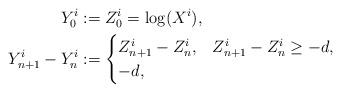
\begin{align*} Y^i_0& := Z^i_0 = \log(X^i), \\ Y^i_{n+1}-Y^i_n & :=\begin{cases} Z^i_{n+1} -Z^i_n,& Z^i_{n+1} -Z^i_n \geq -d,\\ -d,& \end{cases}\end{align*}